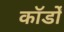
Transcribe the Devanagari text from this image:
कॉर्डों